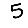
Digit: 5